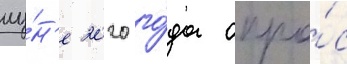
иу́н'е 2020 го́да опро́с